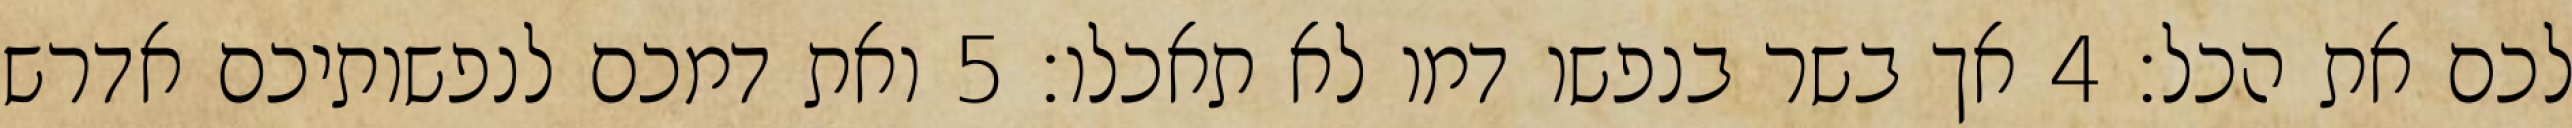
לכם את הכל׃ ‎4‏ אך בשר בנפשו דמו לא תאכלו׃ ‎5‏ ואת דמכם לנפשותיכם אדרש